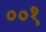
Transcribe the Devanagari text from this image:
००१